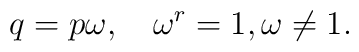
q=p\omega, \mbox{\hspace{4mm}} \omega^r=1, \omega\neq1.